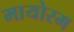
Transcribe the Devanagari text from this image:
मायोरम